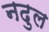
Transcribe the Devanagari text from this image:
नदुल